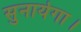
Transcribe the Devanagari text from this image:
सुनायेगा।